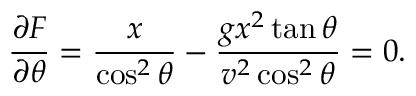
{ \frac { \partial F } { \partial \theta } } = { \frac { x } { \cos ^ { 2 } \theta } } - { \frac { g x ^ { 2 } \tan \theta } { v ^ { 2 } \cos ^ { 2 } \theta } } = 0 .